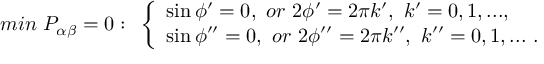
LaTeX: m i n ~ P _ { \alpha \beta } = 0 : ~ \left\{ \begin{array} { l } { { \sin \phi ^ { \prime } = 0 , ~ o r ~ 2 \phi ^ { \prime } = 2 \pi k ^ { \prime } , ~ k ^ { \prime } = 0 , 1 , . . . , } } \\ { { \sin \phi ^ { \prime \prime } = 0 , ~ o r ~ 2 \phi ^ { \prime \prime } = 2 \pi k ^ { \prime \prime } , ~ k ^ { \prime \prime } = 0 , 1 , . . . ~ . } } \end{array} \right.